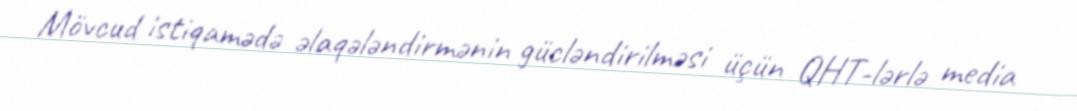
Mövcud istiqamədə əlaqələndirmənin gücləndirilməsi üçün QHT-lərlə media